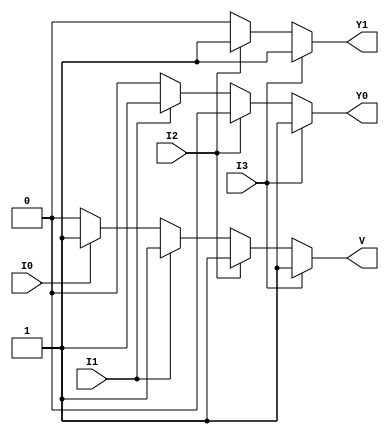
module priority_encoder (
    input wire I0,  // Input 0 (Lowest priority)
    input wire I1,  // Input 1
    input wire I2,  // Input 2
    input wire I3,  // Input 3 (Highest priority)
    output reg Y1,  // Output bit 1
    output reg Y0,  // Output bit 0
    output reg V    // Valid output
);

always @(*) begin
    // Default output values
    Y1 = 1'b0;
    Y0 = 1'b0;
    V = 1'b0;

    // Priority encoding logic
    if (I3) begin
        Y1 = 1'b1;
        Y0 = 1'b1;
        V = 1'b1;
    end else if (I2) begin
        Y1 = 1'b1;
        Y0 = 1'b0;
        V = 1'b1;
    end else if (I1) begin
        Y1 = 1'b0;
        Y0 = 1'b1;
        V = 1'b1;
    end else if (I0) begin
        Y1 = 1'b0;
        Y0 = 1'b0;
        V = 1'b1;
    end else begin
        // If all inputs are low, V remains 0
        V = 1'b0;
    end
end

endmodule